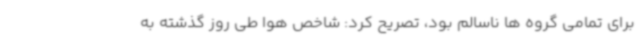
برای تمامی گروه ها ناسالم بود، تصریح کرد: شاخص هوا طی روز گذشته به